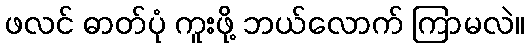
ဖလင် ဓာတ်ပုံ ကူးဖို့ ဘယ်လောက် ကြာမလဲ။